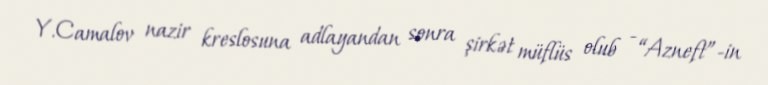
Y.Camalov nazir kreslosuna adlayandan sonra şirkət müflüs olub - “Azneft”-in